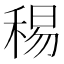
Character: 𥟘